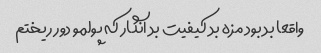
واقعا بد بود مزه بد کیفیت بد انگار که پولمو دور ریختم